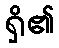
ရှိ၏